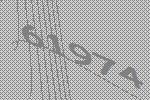
61974